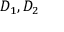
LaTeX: D _ { 1 } , D _ { 2 }